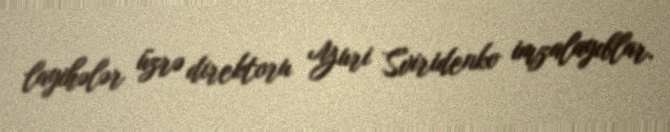
layihələr üzrə direktoru Yuri Sviridenko imzalayıblar.